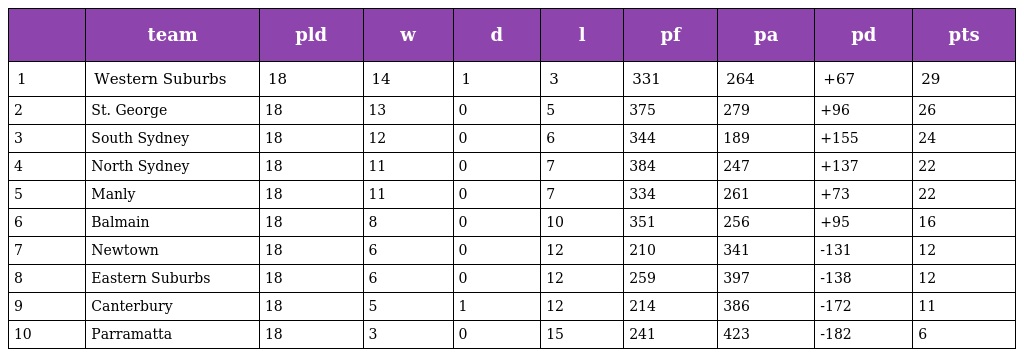
|  | team | pld | w | d | l | pf | pa | pd | pts |
 | --- | --- | --- | --- | --- | --- | --- | --- | --- | --- |
 | 1 | Western Suburbs | 18 | 14 | 1 | 3 | 331 | 264 | +67 | 29 |
 | 2 | St. George | 18 | 13 | 0 | 5 | 375 | 279 | +96 | 26 |
 | 3 | South Sydney | 18 | 12 | 0 | 6 | 344 | 189 | +155 | 24 |
 | 4 | North Sydney | 18 | 11 | 0 | 7 | 384 | 247 | +137 | 22 |
 | 5 | Manly | 18 | 11 | 0 | 7 | 334 | 261 | +73 | 22 |
 | 6 | Balmain | 18 | 8 | 0 | 10 | 351 | 256 | +95 | 16 |
 | 7 | Newtown | 18 | 6 | 0 | 12 | 210 | 341 | -131 | 12 |
 | 8 | Eastern Suburbs | 18 | 6 | 0 | 12 | 259 | 397 | -138 | 12 |
 | 9 | Canterbury | 18 | 5 | 1 | 12 | 214 | 386 | -172 | 11 |
 | 10 | Parramatta | 18 | 3 | 0 | 15 | 241 | 423 | -182 | 6 |